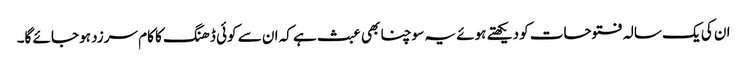
ان کی یک سالہ فتوحات کو دیکھتے ہوئے یہ سوچنا بھی عبث ہے کہ ان سے کوئی ڈھنگ کا کام سرزد ہو جائے گا۔